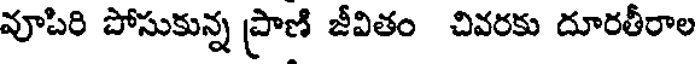
వూపిరి పోసుకున్న ప్రాణి జీవితం చివరకు దూరతీరాల